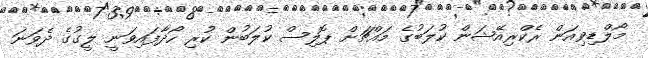
މޯލްޑިވިއަން ރެކްރިއޭޝަން ކުލަބުގެ މައްޗަށް ޕޮލިސް ކުލަބުން ކުރި ހޯދާފައިވަނީ ލީގުގެ ދެވަނަ